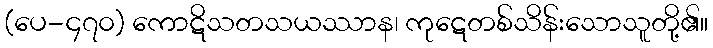
(ပေ-၄၇၀) ကောဋိသတသယဿာန၊ ကုဋေတစ်သိန်းသောသူတို့၏။